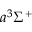
a ^ { 3 } \Sigma ^ { + }